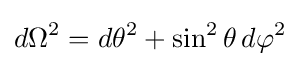
d\Omega ^{2}=d\theta ^{2}+\sin ^{2}\theta \,d\varphi ^{2}